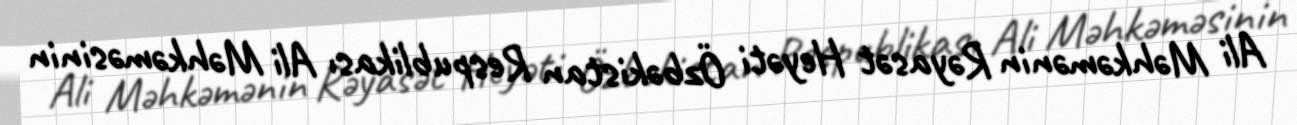
Ali Məhkəmənin Rəyasət Heyəti Özbəkistan Respublikası Ali Məhkəməsinin